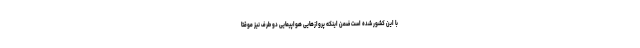
با این کشور شده است ضمن اینکه پروازهایی هواپیمایی دو طرف نیز موقتا